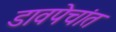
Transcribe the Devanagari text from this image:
डावपेचांत